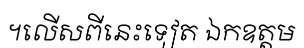
។លើសពីនេះទៀត ឯកឧត្តម